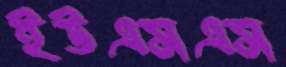
ইউএসএস